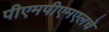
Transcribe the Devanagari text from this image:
पीएमपीएमएलचे